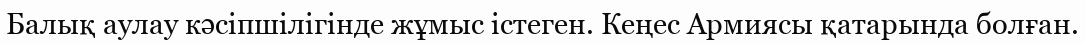
Балық аулау кәсіпшілігінде жұмыс істеген. Кеңес Армиясы қатарында болған.